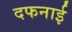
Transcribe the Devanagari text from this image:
दफनाई